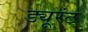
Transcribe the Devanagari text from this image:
ड्यूरंट